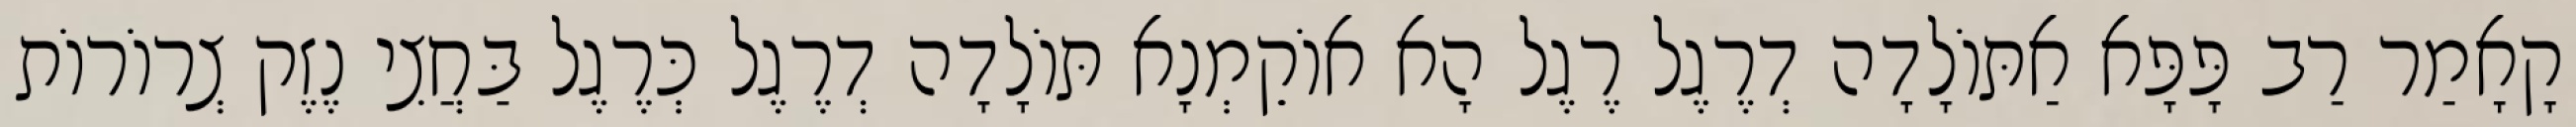
קָאָמַר רַב פָּפָּא אַתּוֹלָדָה דְרֶגֶל רֶגֶל הָא אוֹקֵמְנָא תּוֹלָדָה דְרֶגֶל כְּרֶגֶל בַּחֲצִי נֶזֶק צְרוֹרוֹת